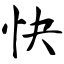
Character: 快